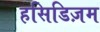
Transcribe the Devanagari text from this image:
हसिडिज़म